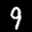
Digit: 9